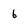
Character: 6